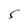
Character: S